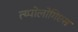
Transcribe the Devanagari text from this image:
त्य्पोलोगिएस